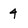
Character: 4